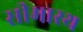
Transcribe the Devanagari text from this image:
सीमास्थ